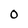
Character: 0